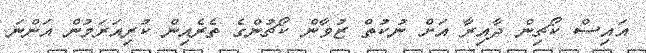
އައިސް ކޯޗިން ދާއިރާ އަށް ނުކުތް ޒުވާން ކޯޗުންގެ ތެރެއިން ކުރިއަރަމުން އަންނަ